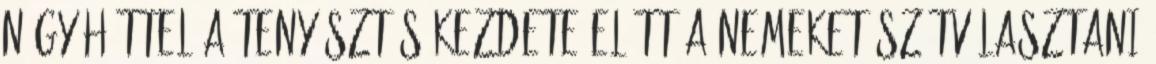
négy héttel a tenyésztés kezdete előtt a nemeket szétválasztani